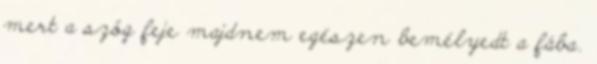
mert a szög feje majdnem egészen bemélyedt a fába.